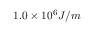
1 . 0 \times 1 0 ^ { 6 } J / m